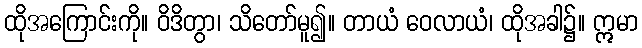
ထိုအကြောင်းကို။ ဝိဒိတွာ၊ သိတော်မူ၍။ တာယံ ဝေလာယံ၊ ထိုအခါ၌။ ဣမာ